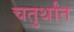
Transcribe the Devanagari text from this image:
चतुर्थांत